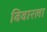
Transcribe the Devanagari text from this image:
बिवारला